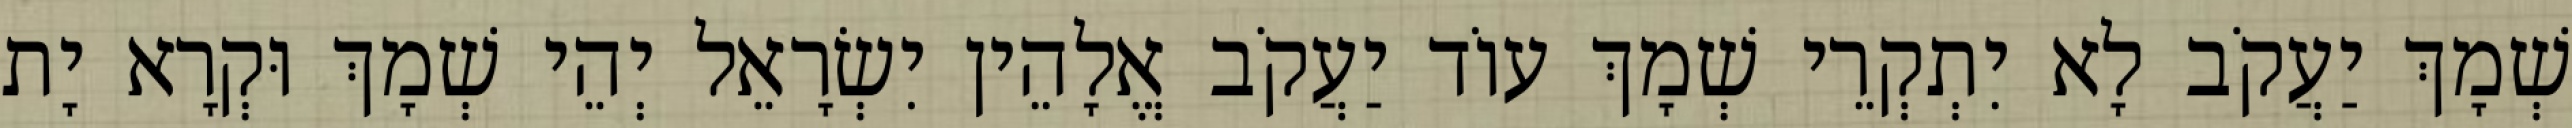
שְׁמָךְ יַעֲקֹב לָא יִתְקְרֵי שְׁמָךְ עוֹד יַעֲקֹב אֱלָהֵין יִשְׂרָאֵל יְהֵי שְׁמָךְ וּקְרָא יָת